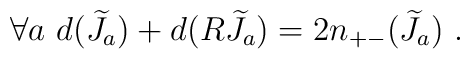
\forall a~d({\widetilde J}_a)+d(R{\widetilde J}_a)=2n_{+-}({\widetilde J}_a)~.